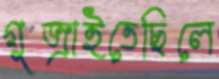
গুজ্‌রাইতেছিলে